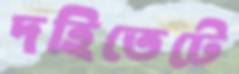
দহিতেটে